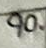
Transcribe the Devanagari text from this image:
१०